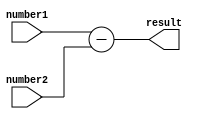
module Subtractor(
    input wire [31:0] number1,
    input wire [31:0] number2,
    output reg [31:0] result
);

always @(*) begin
    result = number1 - number2;
end

endmodule